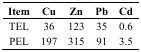
<table><thead><tr><td><b>Item</b></td><td><b>Cu</b></td><td><b>Zn</b></td><td><b>Pb</b></td><td><b>Cd</b></td></tr></thead><tbody><tr><td>TEL</td><td>36</td><td>123</td><td>35</td><td>0.6</td></tr><tr><td>PEL</td><td>197</td><td>315</td><td>91</td><td>3.5</td></tr></tbody></table>